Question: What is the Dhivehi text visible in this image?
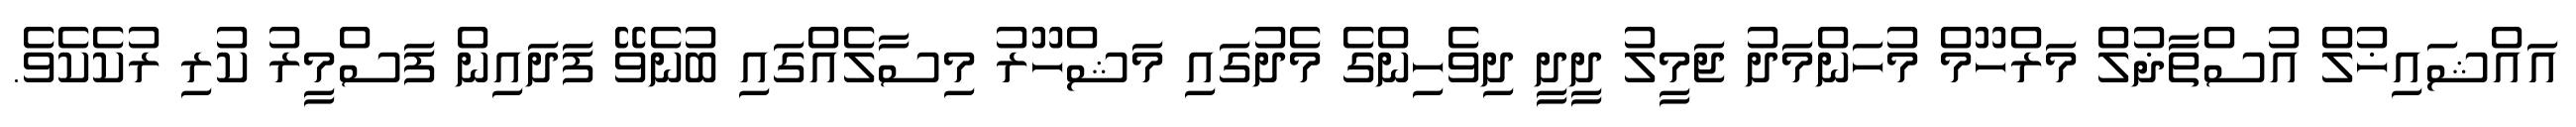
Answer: އައްޝައިޚުލް އުސްތާޛުލް މަރްހޫމް މުހަންމަދު ޖަމީލު ދީދީ ދިވެހިންގެ މެދުގައި މަޝްހޫރު މިސާލެއްގައި ބުނެވޭ ފަދައިން ފަސްމީރު ކުރި ރުކެކެވެ.